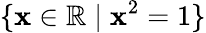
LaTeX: \{ \mathbf{x}\in\mathbb{{R}}\mid\mathbf{x}^{2}=1\}